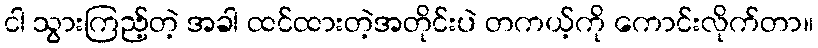
ငါ သွားကြည့်တဲ့ အခါ ထင်ထားတဲ့အတိုင်းပဲ တကယ့်ကို ကောင်းလိုက်တာ။